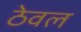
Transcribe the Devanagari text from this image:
ठेवल